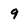
Character: 9